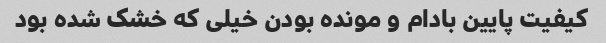
کیفیت پایین بادام و مونده بودن خیلی که خشک شده بود